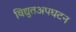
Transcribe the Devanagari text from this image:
विद्युतअपघटन